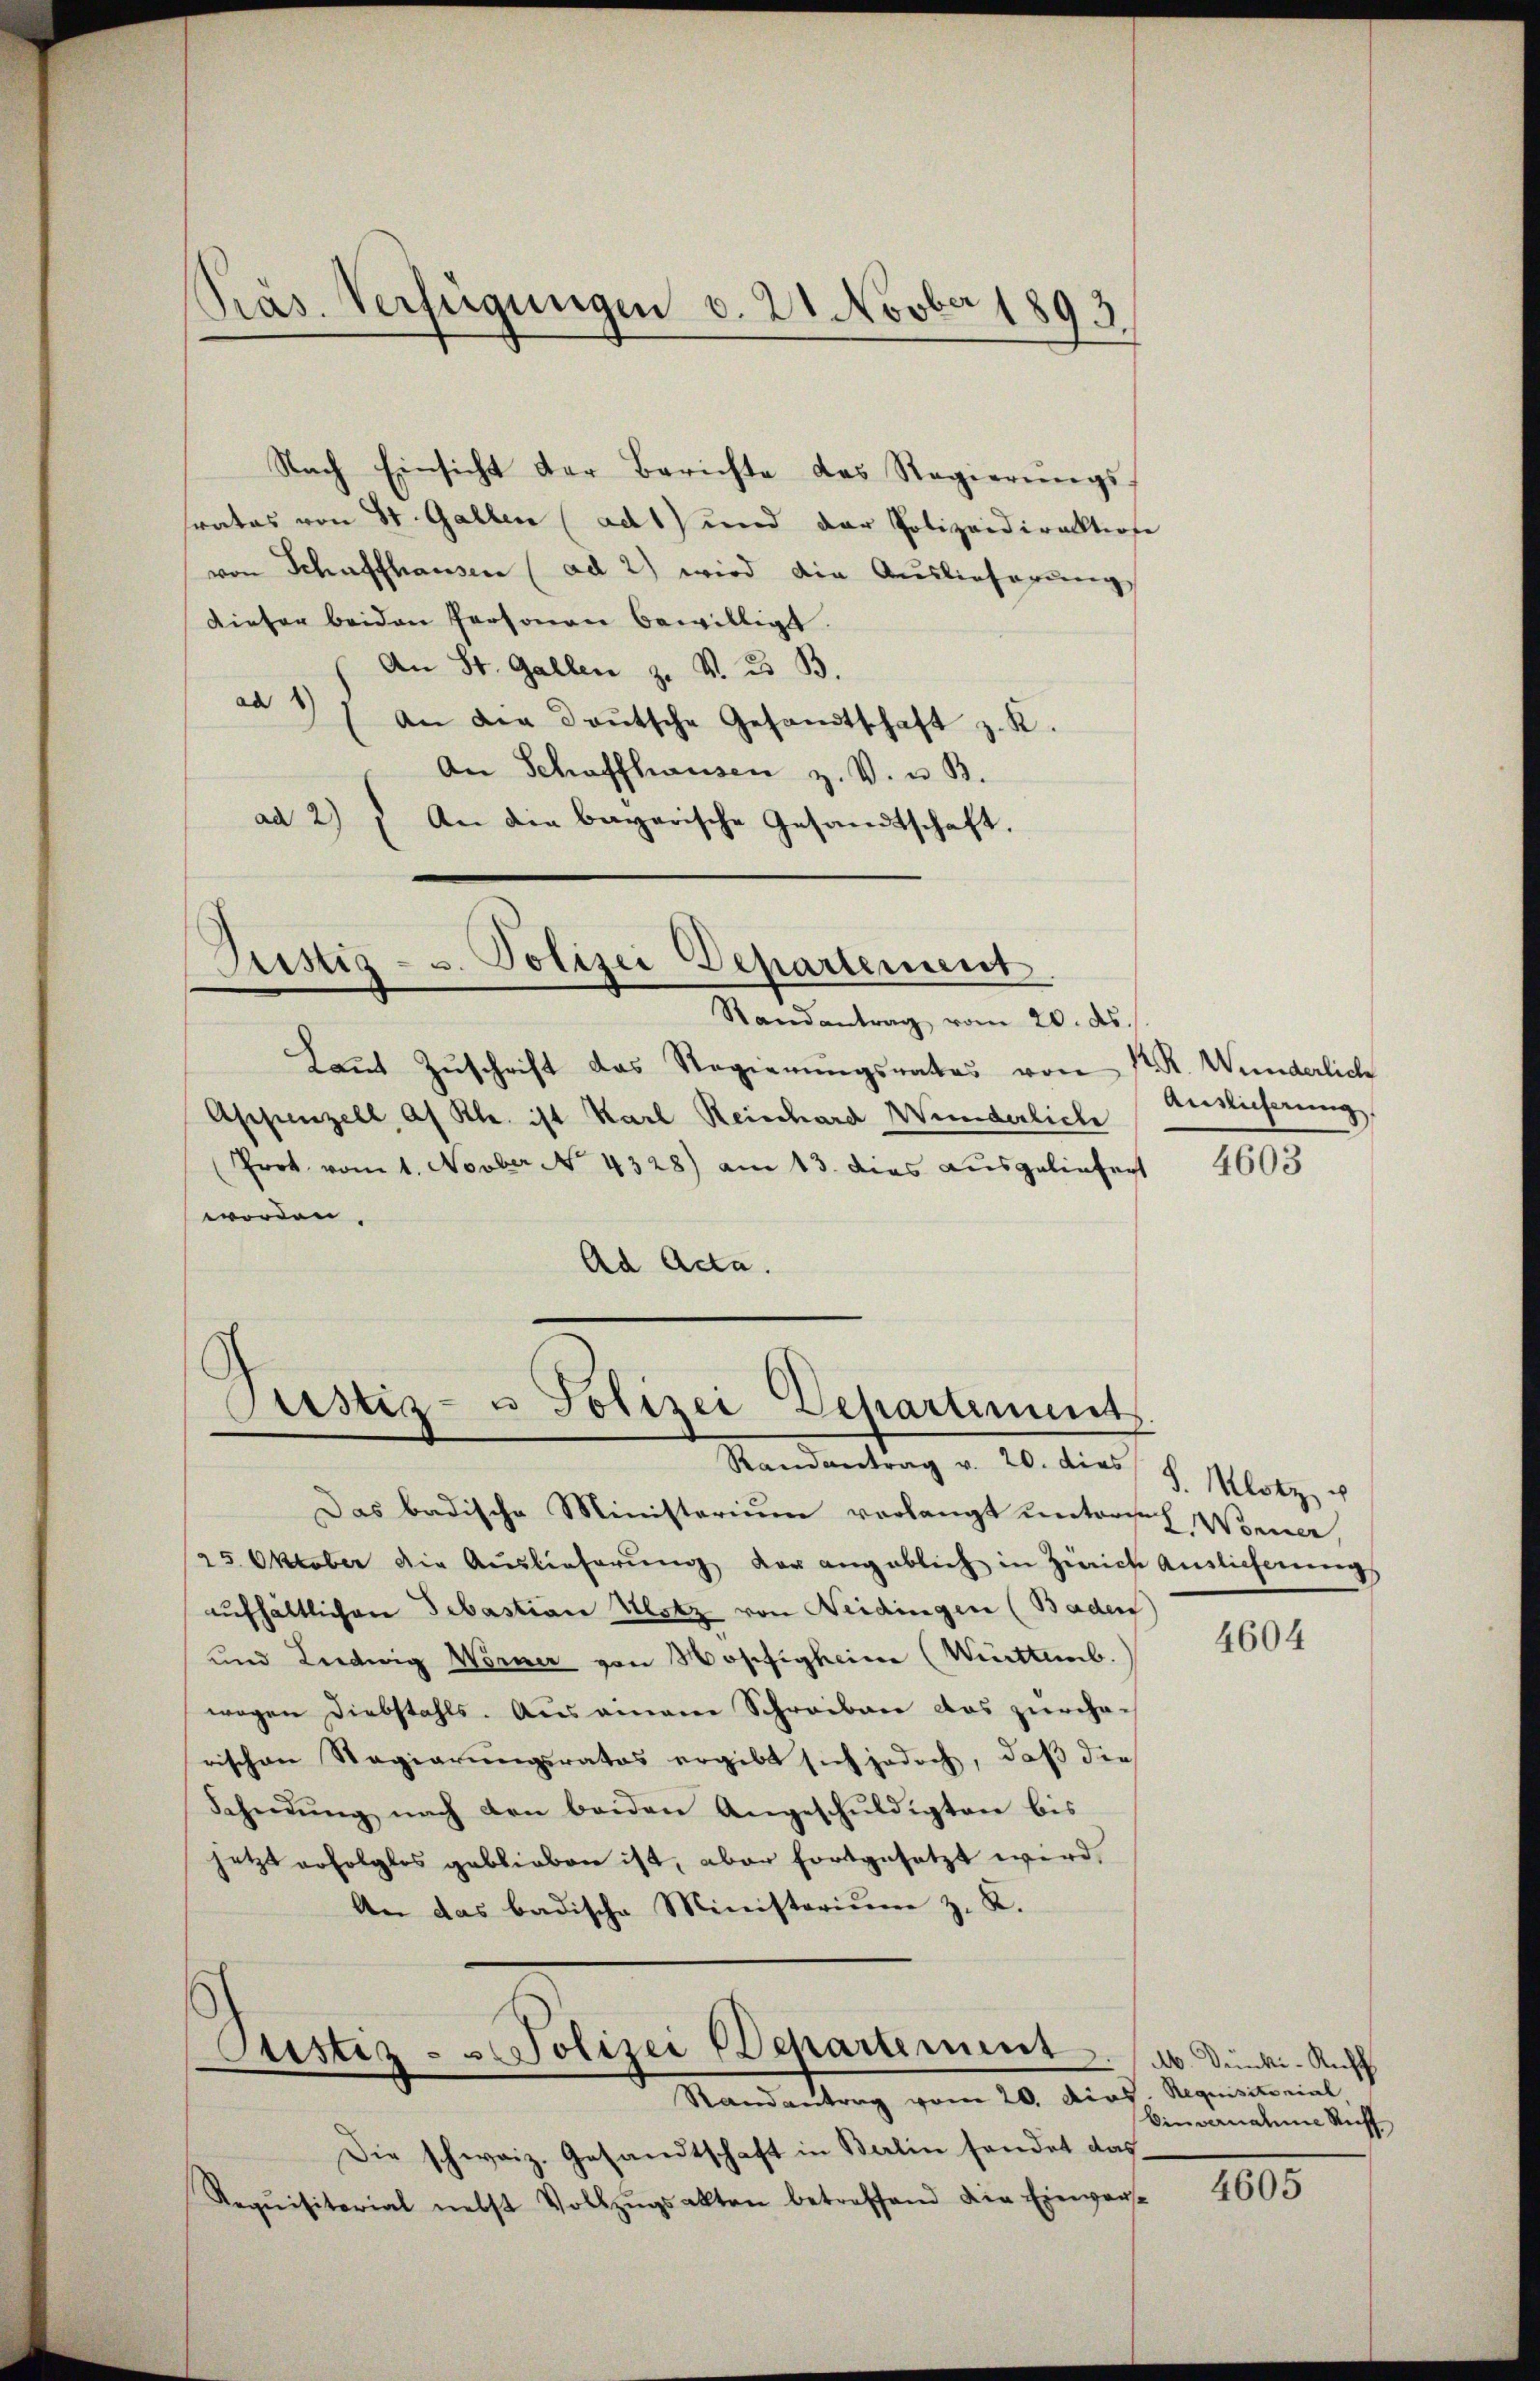
Präs. Verfügungen v. 21 Novber 1893.

trates von St. Gallen (ad 1) und der Polizeidirektione
von Schaffhausen (ad 2) wird die Auslieferung
dieser beiden Personen bewilligt.
An St. Gallen z. v. 23 B.
ad 17 an die deutsche Gesandtschaft z. K.
An Schaffhausen z. V. u. B.
ad 2) An die bayerische Gesandtschaft.

kaṅt Zŭschrift das Regierŭngsrates von Sr. R. Wunderliche
Appenzell af Khr. ist Karl Reinhard Wunderliche
Prot. vom 1. Novber No. 4328) am 13. dies ausgeliefert
worden.
Ad Acta.

Nach Einsicht der Berichte des Regierŭngs-

Justiz- u. Polizei Departement
Randantrag vom 20. ds.

Custiz- u Polizei Departement

Justiz - Polizei Departement
Randantrag vom 20. Dios. Requisitorial,

Randantrag v. 20. dies

Das badische Ministerium verlangt untersel Wonner,
25. Oktober die Auslieferŭng der angeblich in Zürich Auslicherŭngs
aufhältlichen Sebastian Klotz von Neidingen (Baden)
und Liedwig Worner von Wostigkeine (Wittemb.
wegen Diebstahls. Aus einem Schreiben das zürche-
rischen Regierungsrates ergibt sich jedoch, daß die
Scheidŭng nach den beiden Angeschŭldigten bis
jetzt erfolglos geblieben ist, aber fortgesetzt wird,
An das badische Ministerium z. K.

Die schweiz. Gesandtschaft in Berlin sendet das
Reqŭisitorial nebst Vollzŭgsakten betreffend die Einverst

Anslicherung,

4603

S. Klotz u

4604

M Dünki-Recht
binwandene Richt

4605